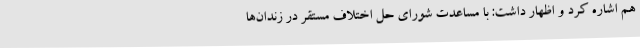
هم اشاره کرد و اظهار داشت: با مساعدت شورای حل اختلاف مستقر در زندان‌ها